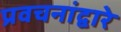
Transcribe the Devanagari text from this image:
प्रवचनांद्वारे